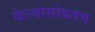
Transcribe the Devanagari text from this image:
केल्यासोबतच